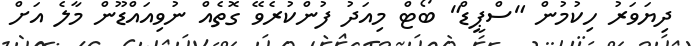
ދިޔަވަރު ހިކުމުން "ސްޕީޑް" ބޯޓް މިއަދު ފުންކުރެވޭ ގޮތެއް ނުވިއައްޑޫން މާލެ އަށް